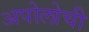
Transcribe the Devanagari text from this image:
अपोलोची